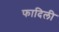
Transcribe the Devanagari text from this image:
फादिली